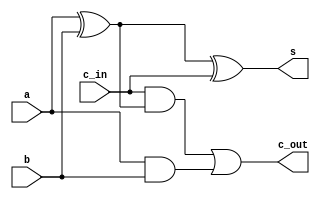
module full_adder(a, b, c_in, s, c_out);
input a, b, c_in;
output s, c_out;

wire xor1_out, and1_out, and2_out; 

xor xor1(xor1_out, a, b);
xor xor2(s, xor1_out, c_in);
and and1(and1_out, c_in, xor1_out);
and and2(and2_out, a, b);
or or1(c_out, and1_out, and2_out);

endmodule